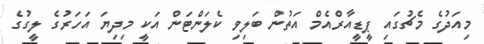
މިއަދުގެ މެޗުގައި ޕީޑީއާރްއެމް އަތުން ބަލިވި ކެލަންޓަން އަކީ މިދިޔަ އަހަރުގެ ލީގުގެ